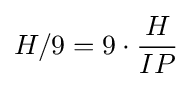
H/9=9\cdot {\frac {H}{IP}}